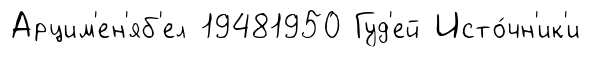
Арцим'ен'яб'ел 19481950 Гуд'ей Исто́чн'ик'и